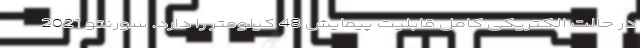
در حالت الکتریکی کامل قابلیت پیمایش 48 کیلومتر را دارد. سورنتو 2021